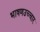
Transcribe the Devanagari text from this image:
भाषणउच्चार